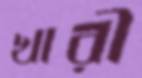
খারী